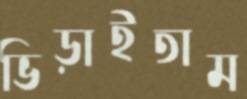
ভিড়াইতাম